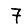
Digit: 7